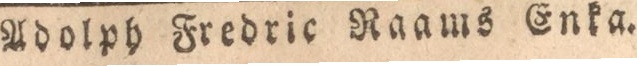
Adolph Fredric Raams Enka.